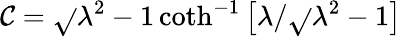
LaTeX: \mathcal{C}=\sqrt{}{{\lambda^{2}-1}}\coth^{-1}\left[\lambda/\sqrt{}{{\lambda^{2}-1}}\right]